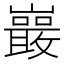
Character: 𭗭